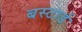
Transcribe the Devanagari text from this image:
बस्टार्ड